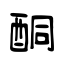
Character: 酮